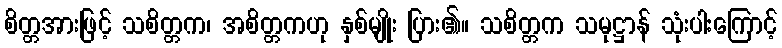
စိတ္တအားဖြင့် သစိတ္တက၊ အစိတ္တကဟု နှစ်မျိုး ပြား၏။ သစိတ္တက သမုဋ္ဌာန် သုံးပါးကြောင့်